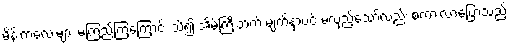
မိန်းကလေးများ မကြည်ကြကြောင်း သိ၍ အိမ်ကြီးဘက် မျက်နှာပင် မလှည့်သော်လည်း စကားလာပြောသည့်